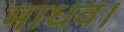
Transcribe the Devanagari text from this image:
माधव।